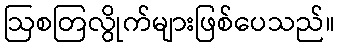
ဩစတြလွိုက်များဖြစ်ပေသည်။